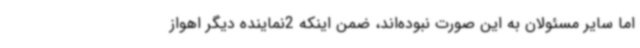
اما سایر مسئولان به این صورت نبوده‌اند، ضمن اینکه 2نماینده دیگر اهواز